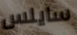
سايلس